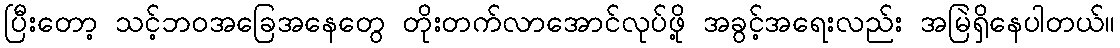
ပြီးတော့ သင့်ဘဝအခြေအနေတွေ တိုးတက်လာအောင်လုပ်ဖို့ အခွင့်အရေးလည်း အမြဲရှိနေပါတယ်။